65_HS1-834228961_62-HQ-83894_Section_10
Agency: FBI
Page 113
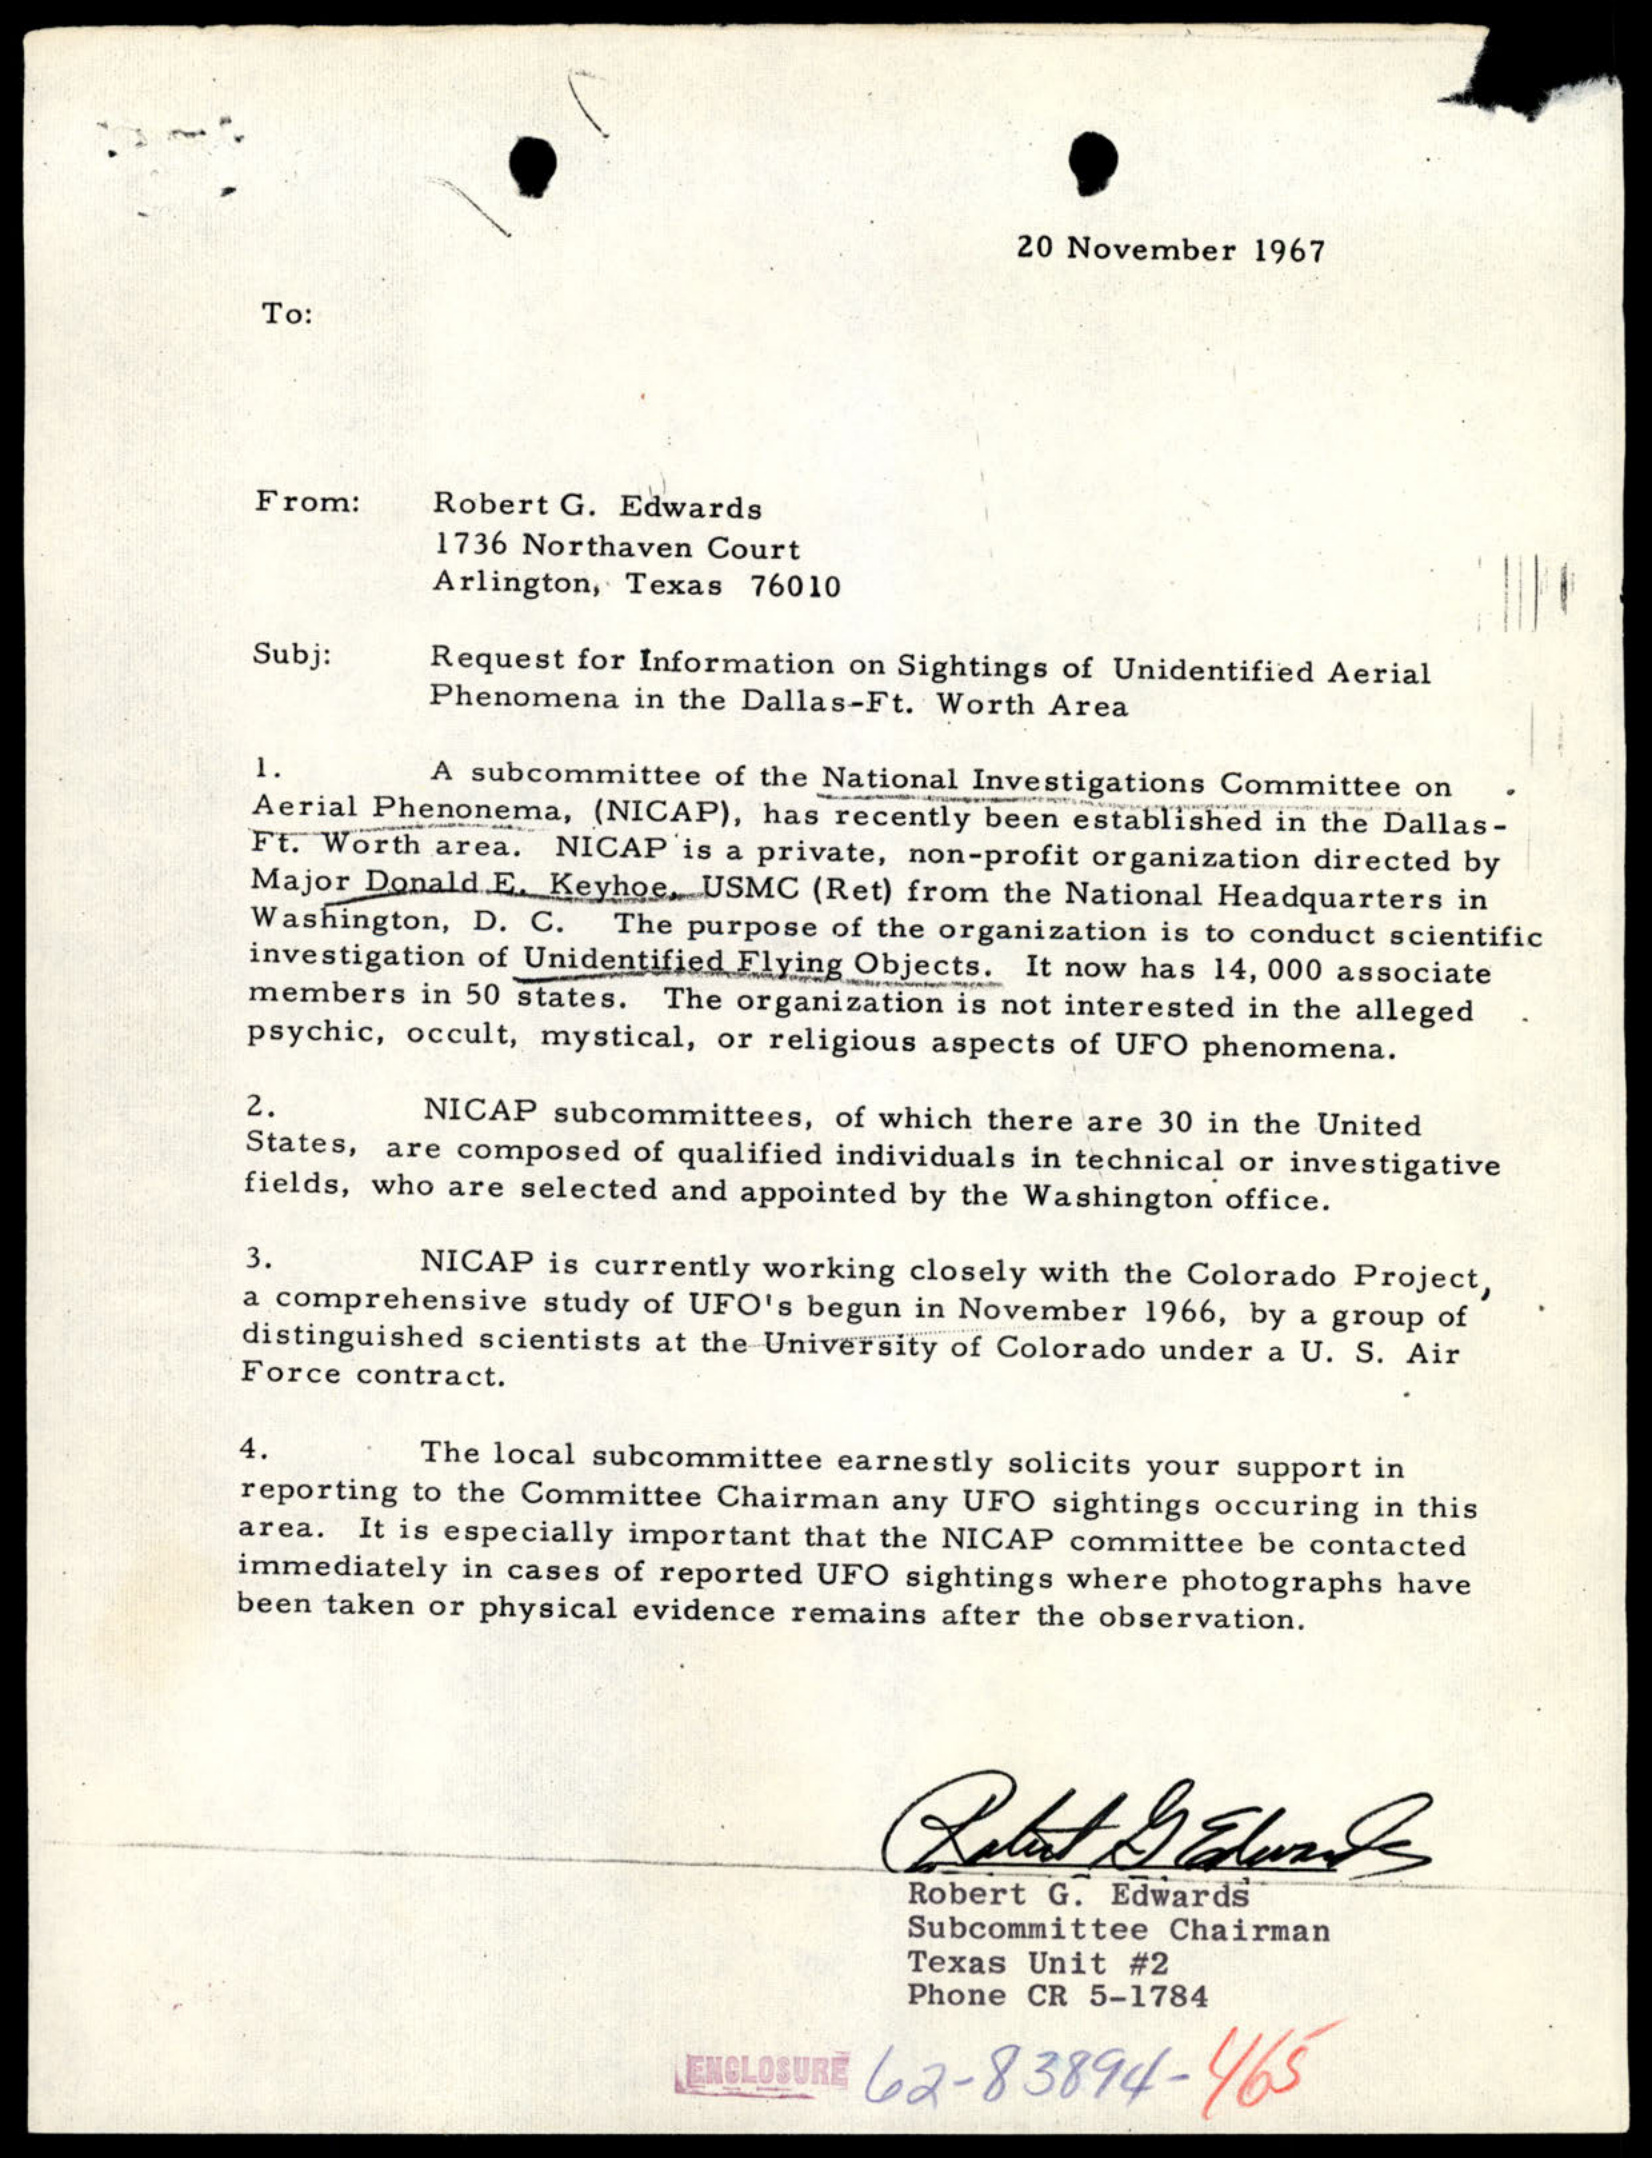